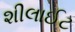
શીલાઈટ